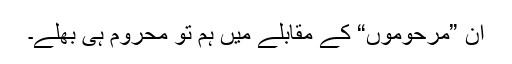
ان ”مرحوموں“ کے مقابلے میں ہم تو محروم ہی بھلے۔